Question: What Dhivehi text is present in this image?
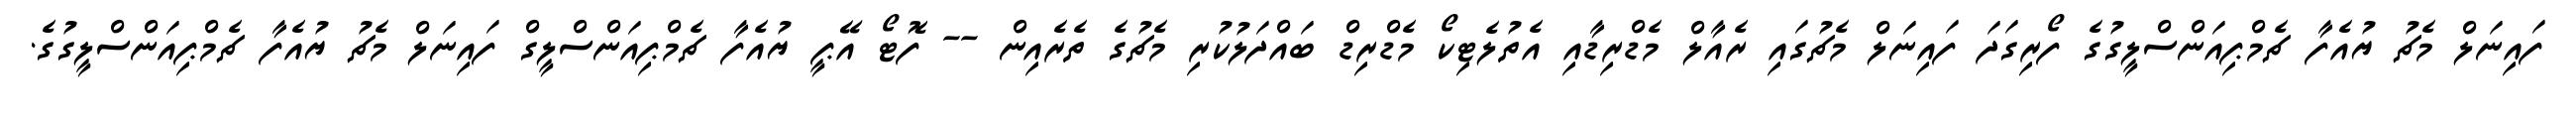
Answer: ފައިނަލް މެޗު ޔުއެފާ ޗެމްޕިއަންސްލީގުގެ ފޯރިގަދަ ފައިނަލް މެޗުގައި ރެއާލް މެޑްރިޑާއި އެތުލެޓިކޯ މެޑްރިޑް ބައްދަލުކުރި މެޗުގެ ތެރެއިން -- ފޮޓޯ އޭޕީ ޔުއެފާ ޗެމްޕިއަންސްލީގް ފައިނަލް މެޗު ޔުއެފާ ޗެމްޕިއަންސްލީގުގެ.